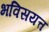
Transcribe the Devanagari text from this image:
भविसयत्त